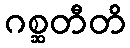
ဂစ္ဆတီတိ